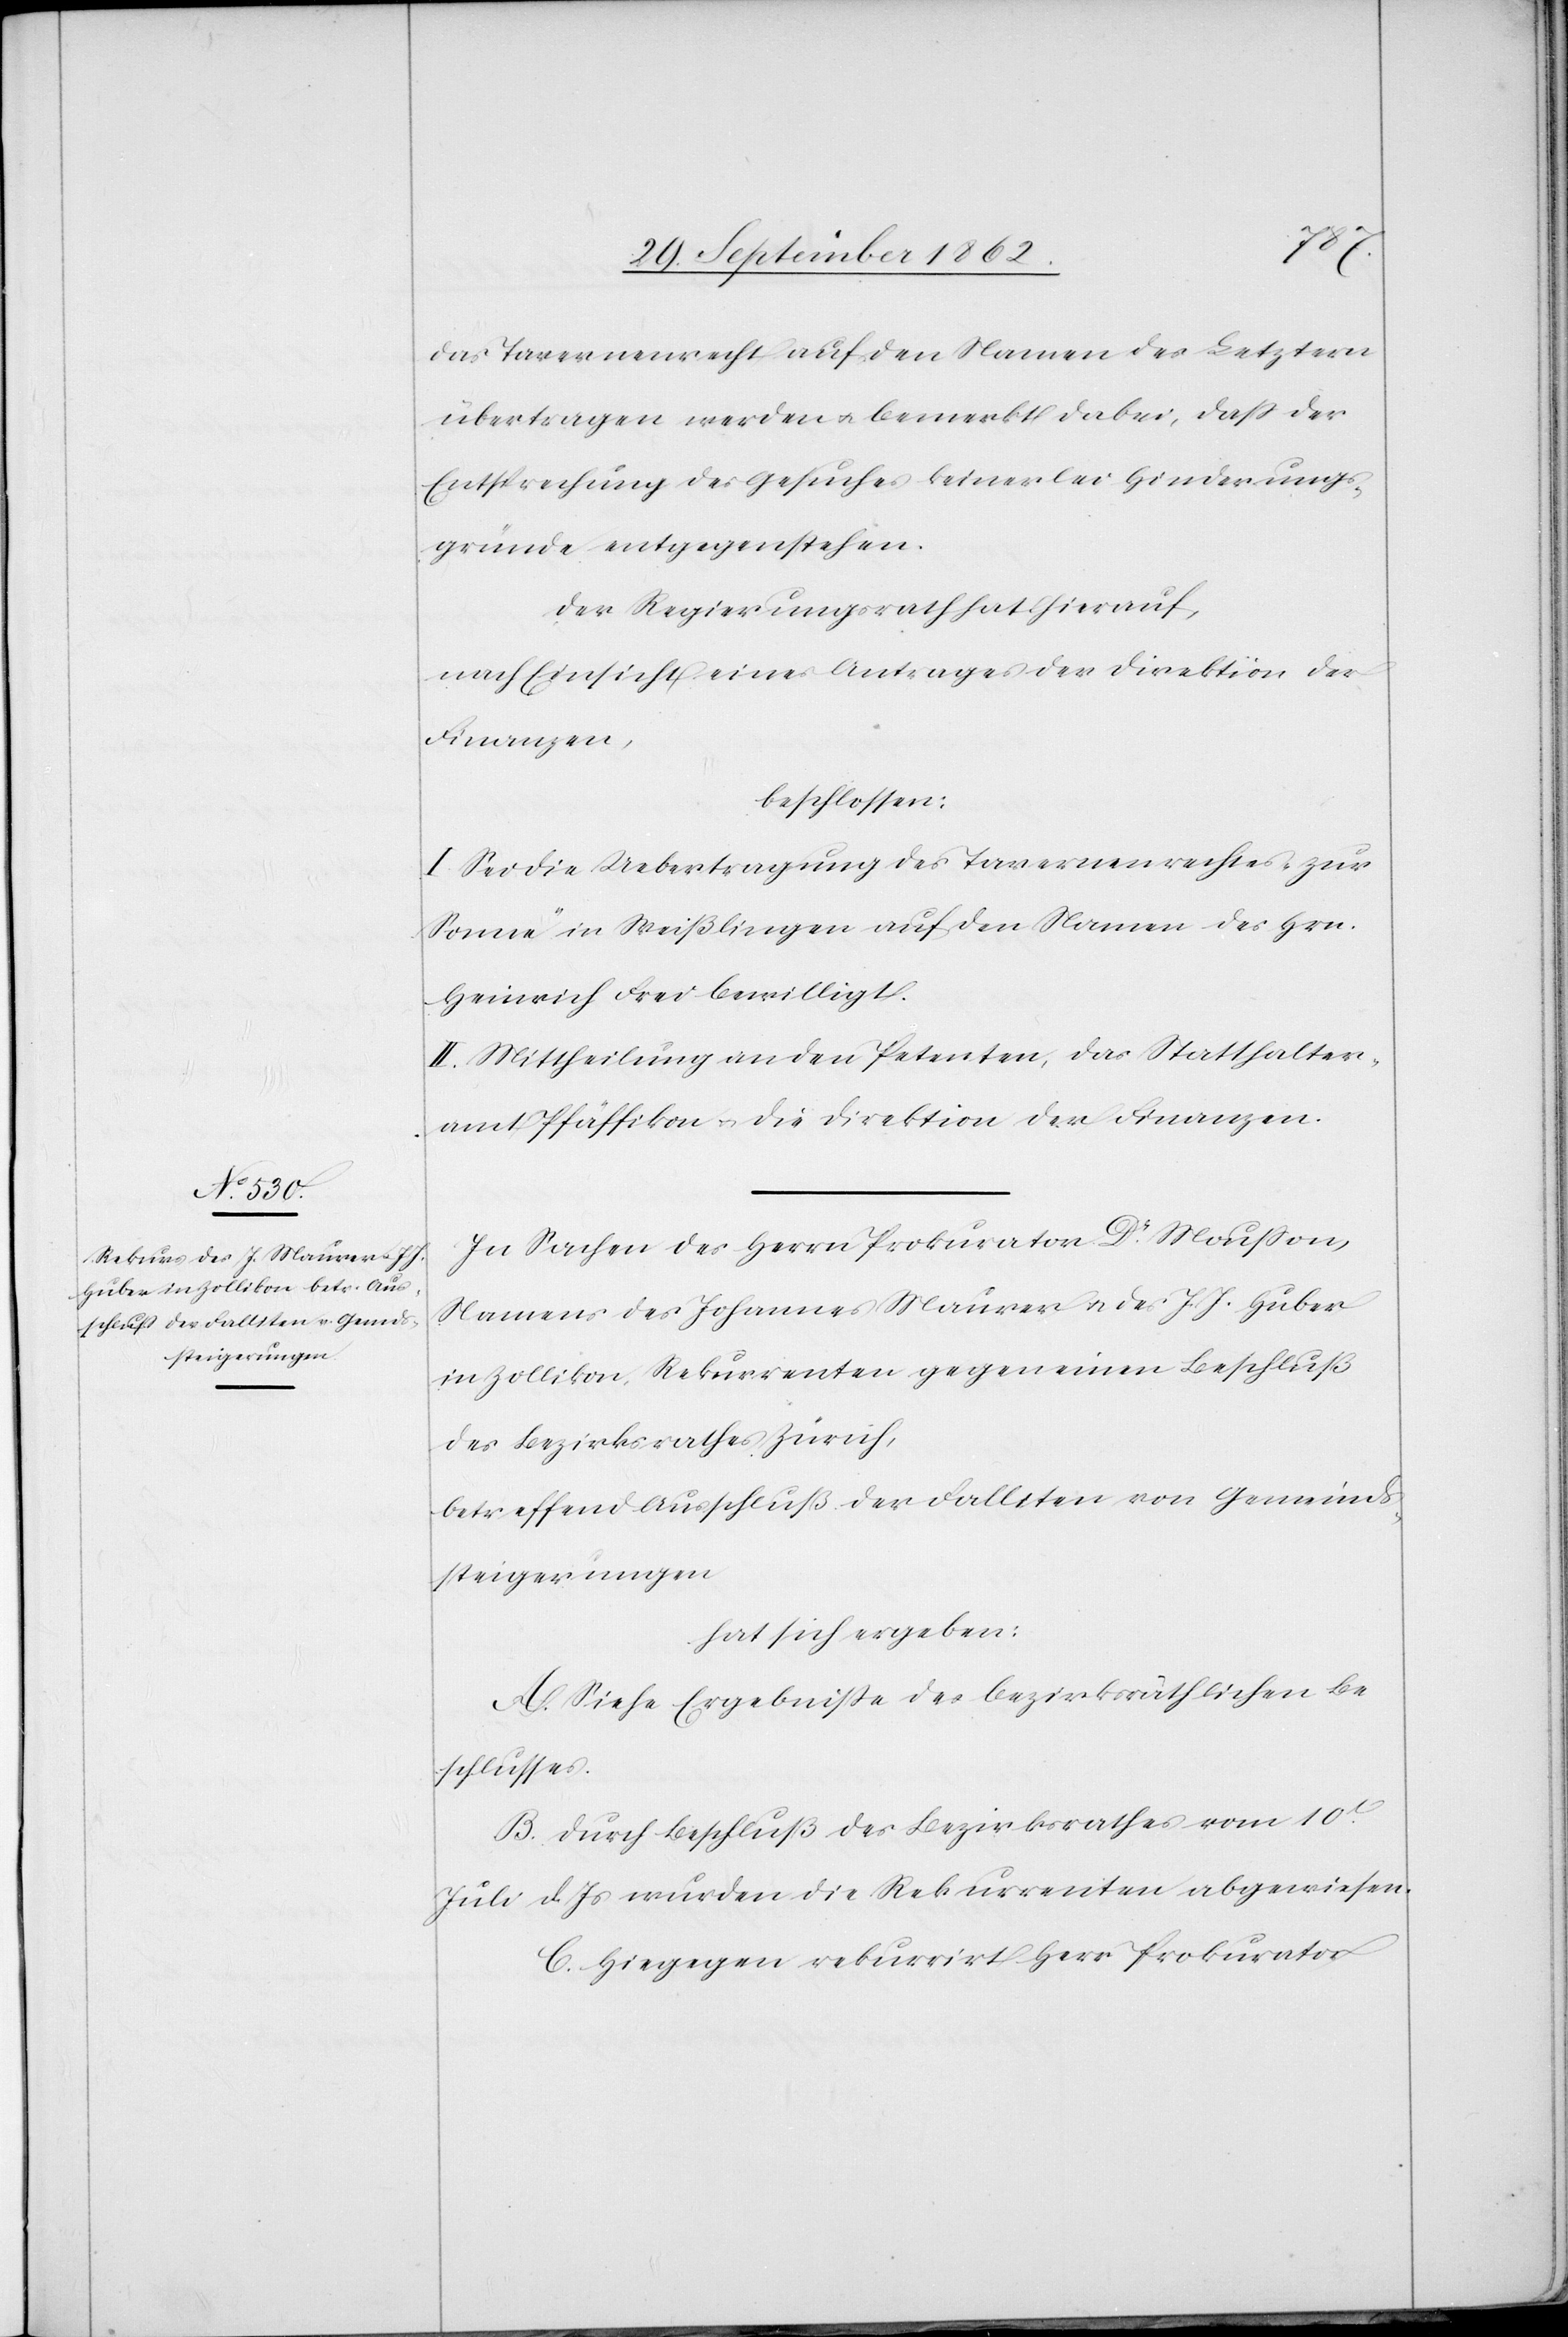
das Tavernenrecht auf den Namen des Letztern
übertragen werden u. bemerkt dabei, daß der
Entsprechung des Gesuches keinerlei Hinderungs¬
gründe entgegenstehen.
Der Regierungsrath hat hierauf,
nach Einsicht eines Antrages der Direktion der
Finanzen,
beschlossen:
I. Sei die Uebertragung des Tavernenrechtes „zur
Sonne“ in Weißlingen auf den Namen des Hrn.
Heinrich Frei bewilligt.
II. Mittheilung an den Petenten, das Statthalter¬
amt Pfäffikon u. die Direktion der Finanzen.
In Sachen des Herrn Prokurator Dr. Moußon,
Namens des Johannes Maurer u. des J. J. Huber
in Zollikon, Rekurrenten gegen einen Beschluß
des Bezirksrathes Zürich,
betreffend Ausschluß der Falliten von Gemeind¬
steigerungen
hat sich ergeben:
A. Siehe Ergebniße des bezirksräthlichen Be¬
schlusses.
B. Durch Beschluß des Bezirksrathes vom 10t
Juli d. Js. wurden die Rekurrenten abgewiesen.
C. Hiegegen rekurrirt Herr Prokurator